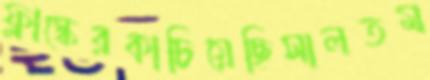
ফ্লাস্কেরকাচিয়েছিসালতম